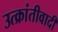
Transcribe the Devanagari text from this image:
उत्क्रांतीवादी